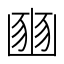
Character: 𡺳